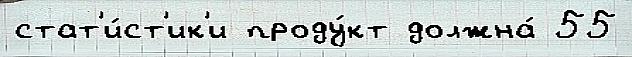
стат'и́ст'ик'и проду́кт должна́ 55